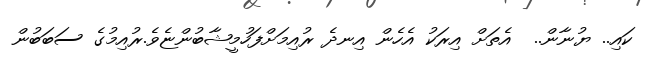
ކައި.. ޔުނާން..  އެތަށް އިރަކު އެހެން އިނދެ ރުއިމަށްފަހުމީޝާބުންޏެވެ.ރުއިމުގެ ސަބަބުން